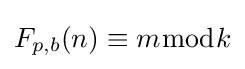
F_{p,b}(n)\equiv m{\bmod {k}}